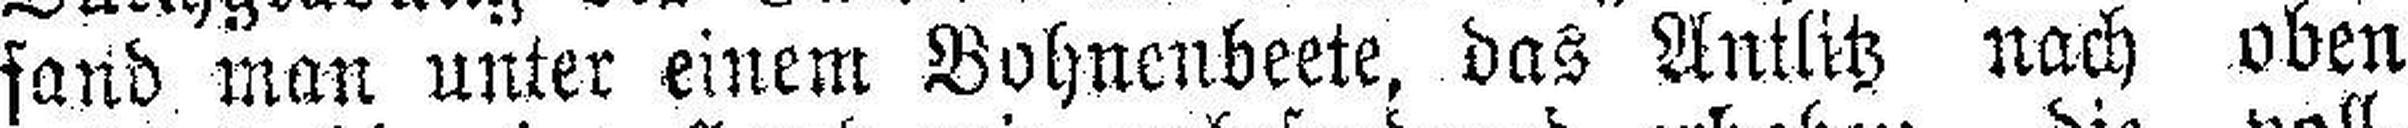
fand man unter einem Bohnenbeete, das Antlitz nach oben